Tezpur Lunatic Asylum reports 1877-1894 - 1877-1894
Year: 1877
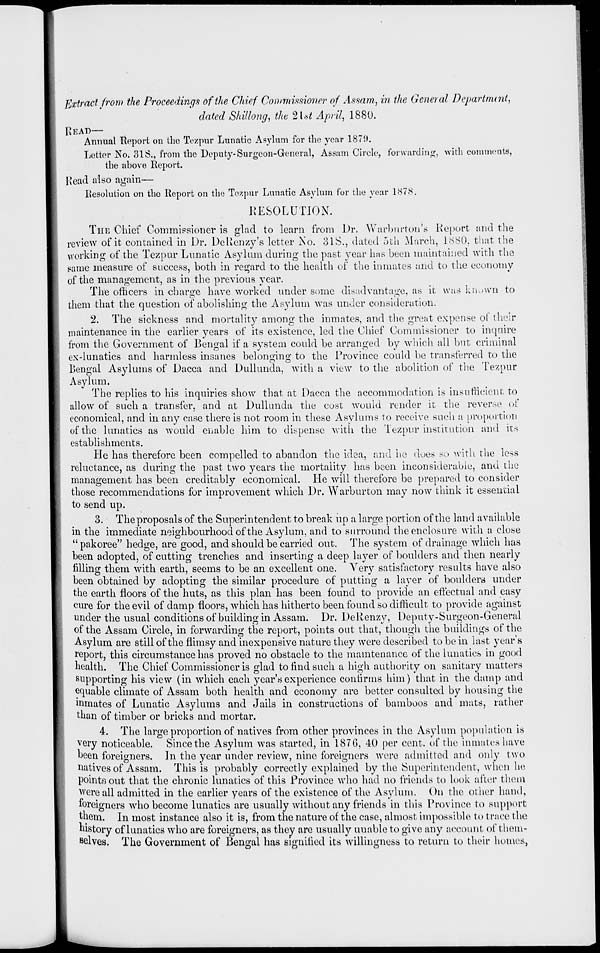
Extract from the Proceedings of the Chief Commissioner of Assam, in the General Departmint,
dated Shifting, the 2 [at April, 1880.
HEAD—
Annual Report on the Tezpur Lunatic Asylum for the year 18711.
Letter No. 31S., from the Deputy-Surgeon-General, Assam Circle, forwarding, with comments,
the above Report.
Read also again—
Resolution on the Report on the Teapur Lunatic Asylum for the year 1878.
RESOLUTION.
THE Chief Commissioner is clad to learn from Dr. Warburton's Report and the
U
_
All
review of it contained in Dr. DeUenzy's letter No. olS., dated 5th March, 1880. that the
working of the Tezpur Lunatic Asylum during the past year has been maintained with the
same measure of success, both in regard to the health of the inmates and to the economy
of the management, as in the previous year.
The officers in charge have worked under some disadvantage, as it was known to
them that the question of abolishing the Asylum was under consideration.
2. The sickness and mortality among the inmates, and the great expense of their
maintenance in the earlier years of its existence, led the Chief Commissioner to inquire
from the Government of Bengal if a system could be arranged by which all but criminal
ex-lunatics and harmless insaues belonging to the Province could be transferred to the
Bengal Asylums of Dacca and Dullunda, with a view to the abolition of the Tezpur
Asylum.
The replies to his inquiries show that at Dacca the accommodation is insufficient to
allow of such a transfer, and at Dullunda the cost would render it the reverse of
economical, and in any case there is not room in these Asylums to receive such a proportion
of the lunatics as would enable him to dispense with the Tezpur institution and its
establishments.
He has therefore been compelled to abandon the idea, and he does so with the less
reluctance, as during the past two years the mortality has been inconsiderable, and the
management has been creditably economical. lie will therefore be prepared to consider
those recommendations for improvement which Dr. Warburton may now think it essential
to send up.
3. The proposals of the Superintendent to break up a large portion of the land available
in the immediate neighbourhood of the Asylum, and to surround the enclosure with a close
" pakoree" hedge, are good, and should be carried out. The system of drainage which has
been adopted, of cutting trenches and inserting a deep layer of boulders and then nearly
filling them with earth, seems to be an excellent one. Very satisfactory results have also
been obtained by adopting the similar procedure of putting a layer of boulders under
the earth floors of the huts, as this plan has been found to provide an effectual and easy
cure for the evil of damp floors, which has hitherto been found so difficult to provide against
under the usual conditions of buildino; in Assam. Dr. Delienzv, Denutv-Surgeon-General
_
>~
ill
1
if
o
oi the Assam Circle, in forwarding the report, points out that, though the buildings ot the
Asylum are still of the flimsy and inexpensive nature they were described to be in last year's
report, this circumstance has proved no obstacle to the maintenance of the lunatics in good
health. The Chief Commissioner is glad to find such a high authority on sanitary matters
supporting his view (in which each year's experience confirms him) that in the clamp and
equable climate of Assam both health and economy are better consulted by housing the
inmates of Lunatic Asylums and Jails in constructions of bamboos and mats, rather
than of timber or bricks and mortar.
4. The large proportion of natives from other provinces in the Asylum population is
very noticeable. Since the Asylum was started, in 187 G, 40 per cent, of the inmates have
been foreigners. In the year under review, nine foreigners were admitted and only two
natives of Assam. This is probably correctly explained by the Superintendent, when he
points out that the chronic lunatics of this Province who had no friends to look after them
were all admitted in the earlier years of the existence of the Asylum. On the other hand,
foreigners who become lunatics are usually without any friends in this Province to support
thern. In most instance also it is, from the nature of the case, almost impossible to trace the
history of lunatics who are foreigners, as they are usually unable to give any account of them-
selves. The Government of Bengal has signified its willingness to return to their homes,